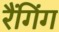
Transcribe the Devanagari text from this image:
रैंगिंग